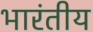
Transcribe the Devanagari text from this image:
भारंतीय